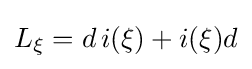
L_{\xi }=d\,i(\xi )+i(\xi )d